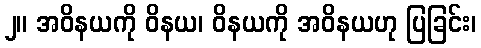
၂။ အဝိနယကို ဝိနယ၊ ဝိနယကို အဝိနယဟု ပြခြင်း၊